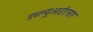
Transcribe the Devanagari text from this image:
डब्ल्यूआईएसए